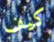
كيف